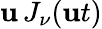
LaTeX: \mathbf{u}\, J_{\nu}(\mathbf{u}t)